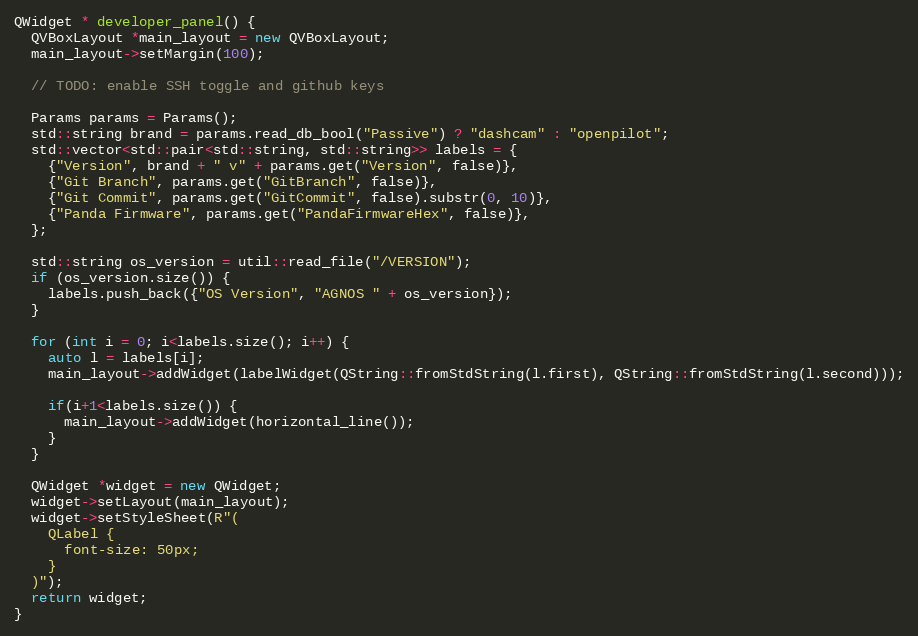
Language: C++
QWidget * developer_panel() {
  QVBoxLayout *main_layout = new QVBoxLayout;
  main_layout->setMargin(100);

  // TODO: enable SSH toggle and github keys

  Params params = Params();
  std::string brand = params.read_db_bool("Passive") ? "dashcam" : "openpilot";
  std::vector<std::pair<std::string, std::string>> labels = {
    {"Version", brand + " v" + params.get("Version", false)},
    {"Git Branch", params.get("GitBranch", false)},
    {"Git Commit", params.get("GitCommit", false).substr(0, 10)},
    {"Panda Firmware", params.get("PandaFirmwareHex", false)},
  };

  std::string os_version = util::read_file("/VERSION");
  if (os_version.size()) {
    labels.push_back({"OS Version", "AGNOS " + os_version});
  }

  for (int i = 0; i<labels.size(); i++) {
    auto l = labels[i];
    main_layout->addWidget(labelWidget(QString::fromStdString(l.first), QString::fromStdString(l.second)));

    if(i+1<labels.size()) {
      main_layout->addWidget(horizontal_line());
    }
  }

  QWidget *widget = new QWidget;
  widget->setLayout(main_layout);
  widget->setStyleSheet(R"(
    QLabel {
      font-size: 50px;
    }
  )");
  return widget;
}